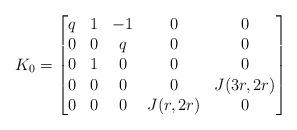
LaTeX: \begin{align*}K_0=\begin{bmatrix}q&1&-1&0&0\\0&0&q&0&0\\0&1&0&0&0\\0&0&0&0&J(3r,2r)\\0&0&0&J(r,2r)&0\end{bmatrix}\end{align*}